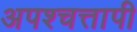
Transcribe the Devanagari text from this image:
अपश्चत्तापी